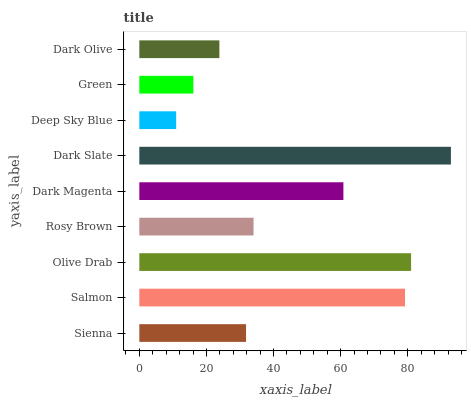
| yaxis_label | bars |
 | --- | --- |
 | Sienna | 31.8 |
 | Salmon | 79.2 |
 | Olive Drab | 81 |
 | Rosy Brown | 34 |
 | Dark Magenta | 60.8 |
 | Dark Slate | 92.9 |
 | Deep Sky Blue | 11 |
 | Green | 16.1 |
 | Dark Olive | 23.9 |